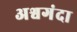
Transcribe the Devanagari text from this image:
अश्वगंदा